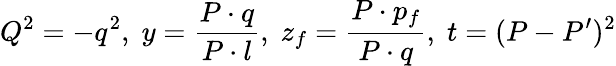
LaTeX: Q^{2}=-q^{2},\; y=\frac{P\cdot q}{P\cdot l},\; z_{f}=\frac{P\cdot p_{f}}{P\cdot q},\; t=(P-P^{\prime})^{2}